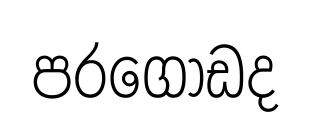
පරගොඩද